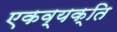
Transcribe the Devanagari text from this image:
एकव्यक्ति